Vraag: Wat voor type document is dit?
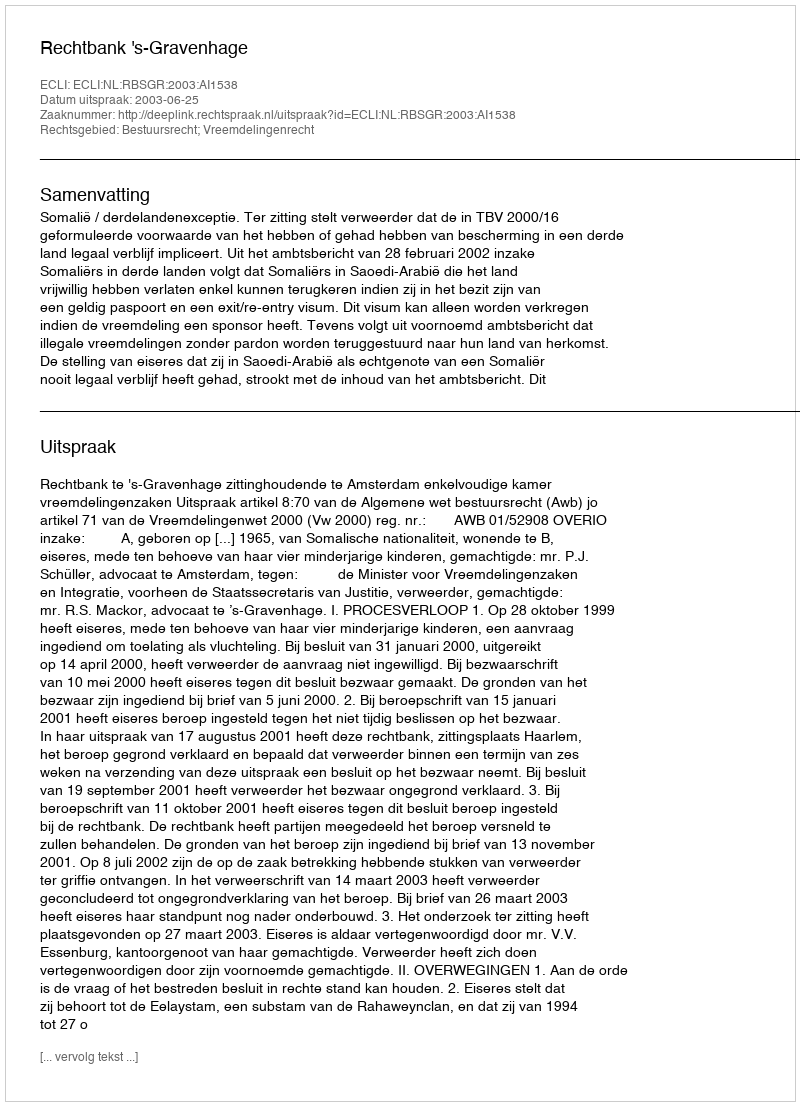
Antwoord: Uitspraak